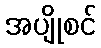
အပျိုစင်